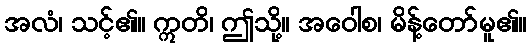
အလံ၊ သင့်၏။ ဣတိ၊ ဤသို့။ အဝေါစ၊ မိန့်တော်မူ၏။